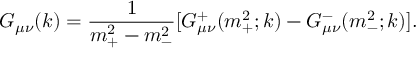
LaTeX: G _ { \mu \nu } ( k ) = { \frac { 1 } { m _ { + } ^ { 2 } - m _ { - } ^ { 2 } } } [ G _ { \mu \nu } ^ { + } ( m _ { + } ^ { 2 } ; k ) - G _ { \mu \nu } ^ { - } ( m _ { - } ^ { 2 } ; k ) ] .